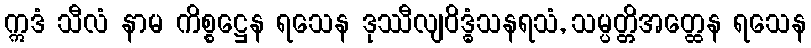
ဣဒံ သီလံ နာမ ကိစ္စဋ္ဌေန ရသေန ဒုဿီလျဝိဒ္ဓံသနရသံ, သမ္ပတ္တိအတ္ထေန ရသေန